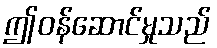
ဤဝန်ဆောင်မှုသည်